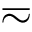
\eqsim